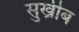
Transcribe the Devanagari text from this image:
सुख्रीब